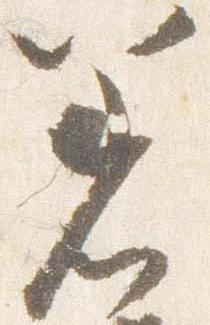
着